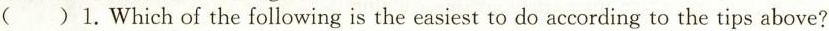
( )1. Which of the following is the easiest to do according to the tips above?